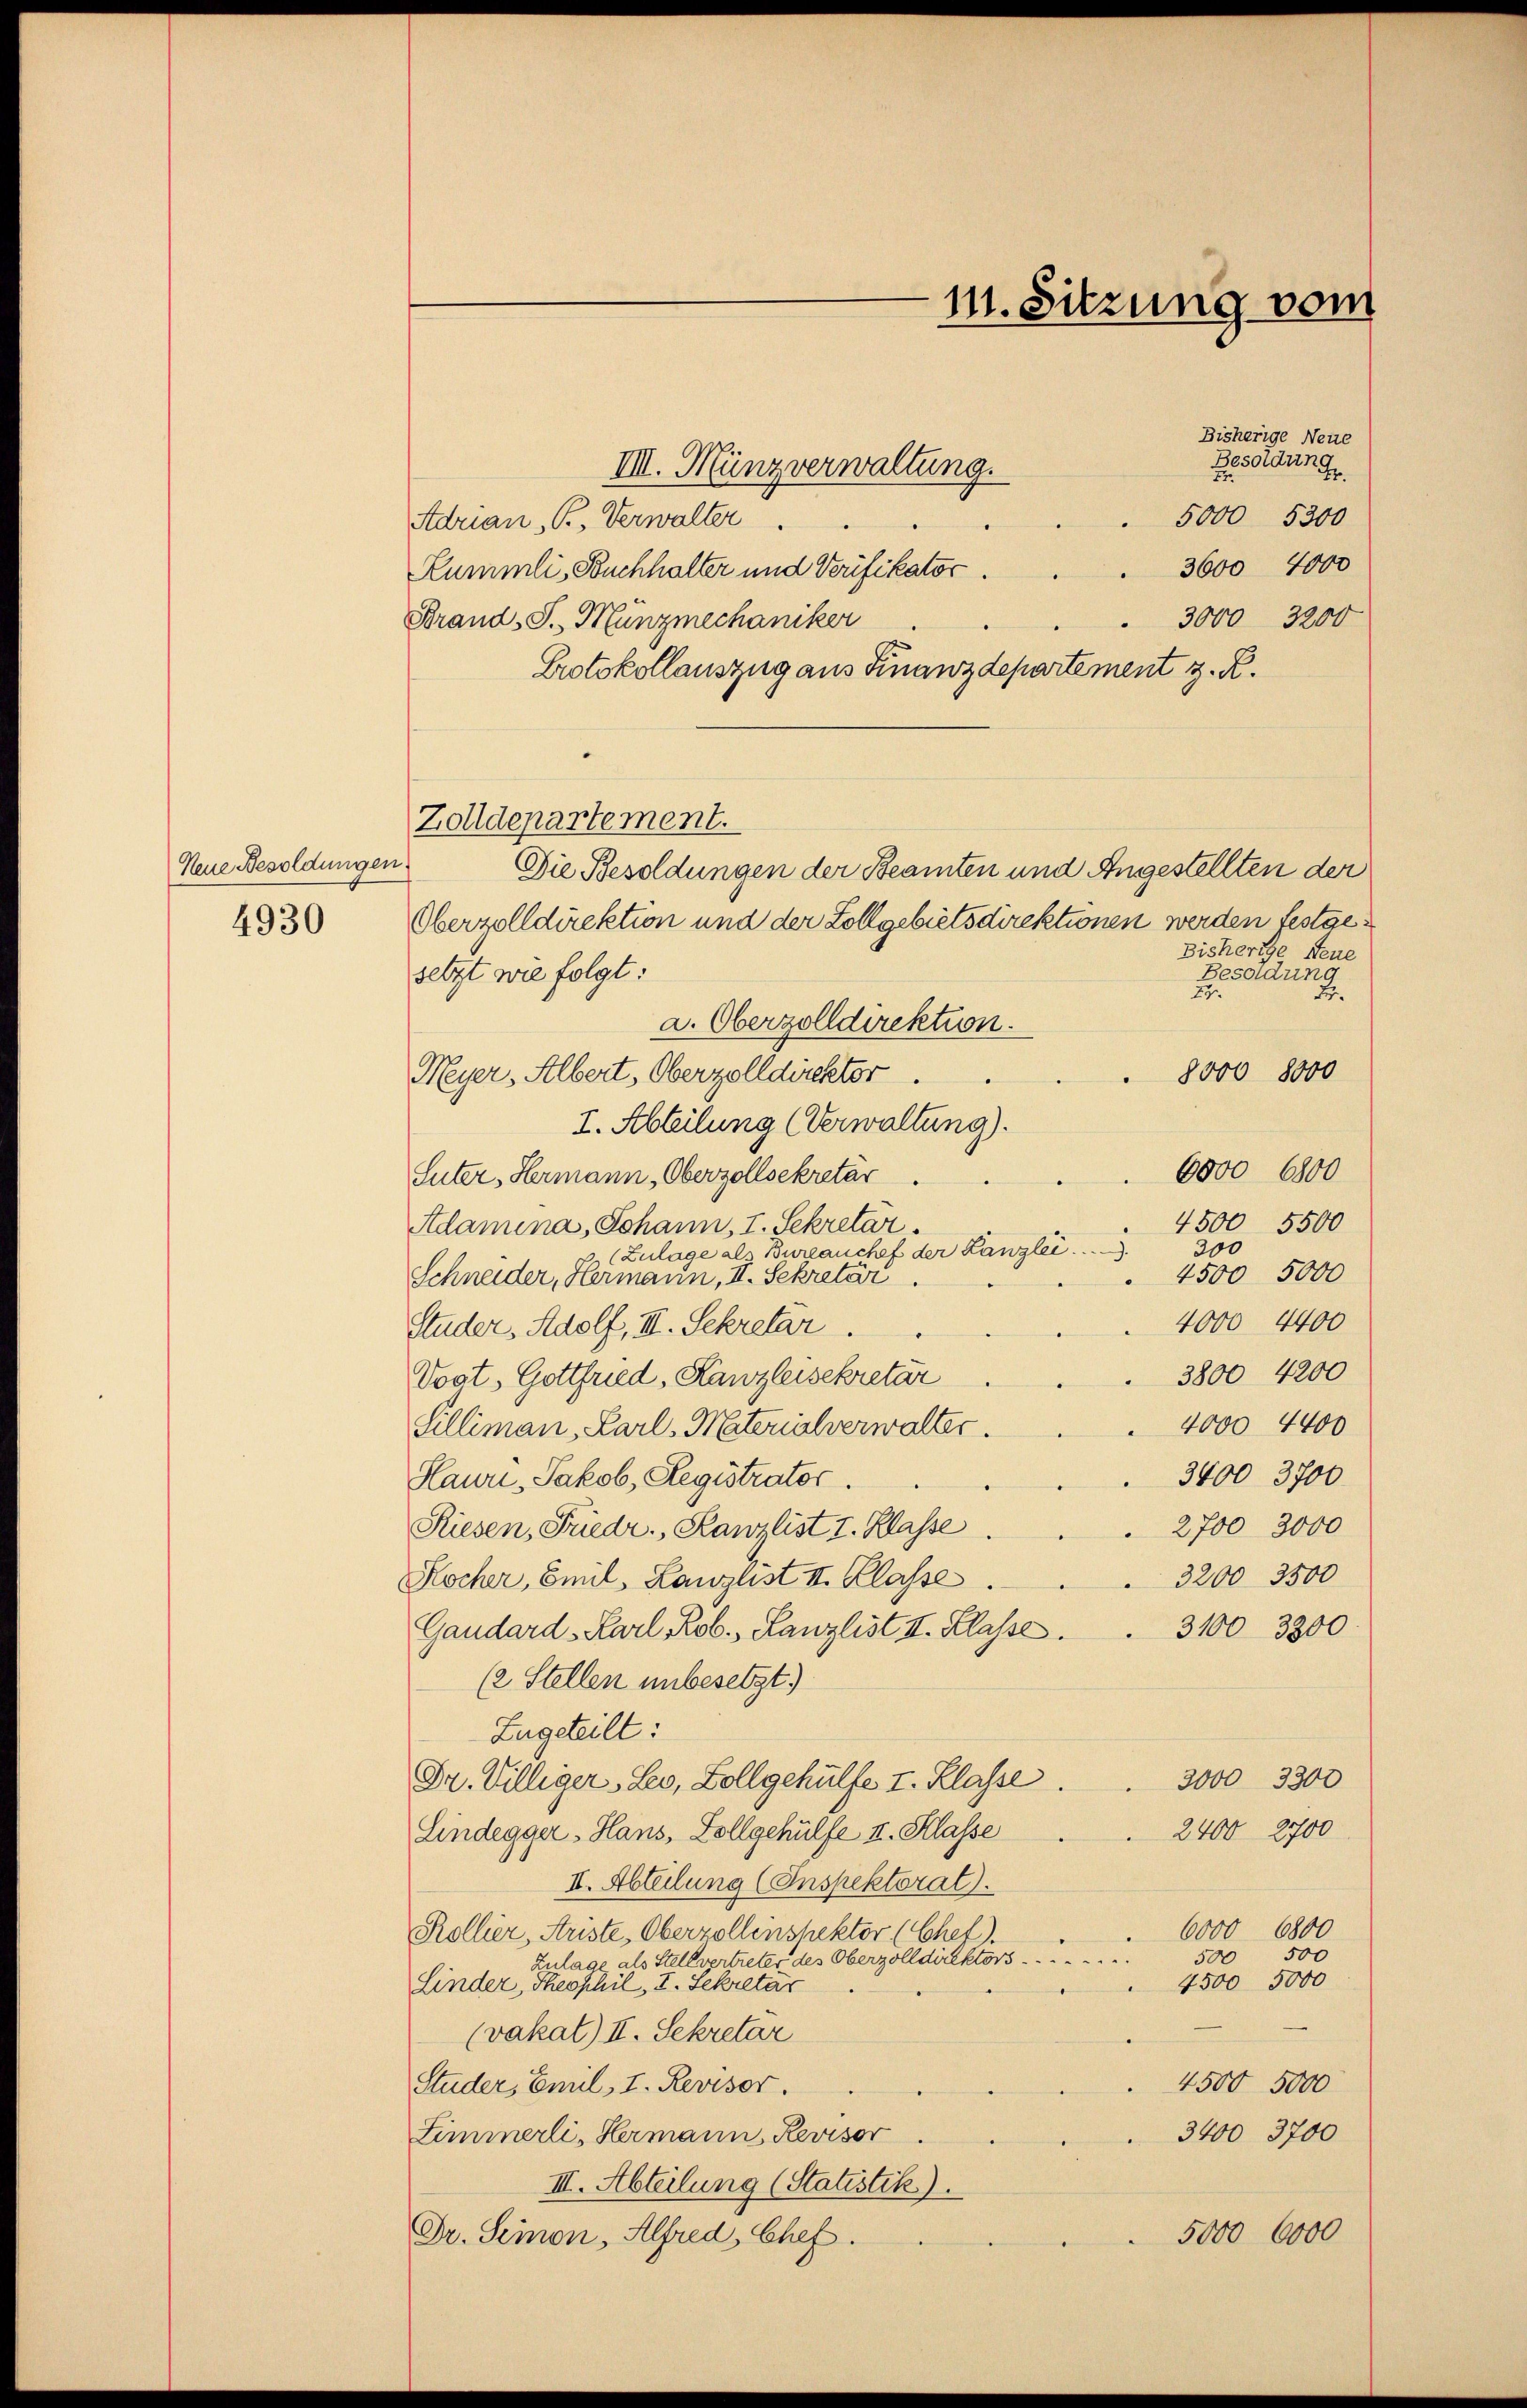
Neue Besoldungen
4930

Bisherige Neue
Besoldung
IIII. Münzverwaltung.
2
5000 5300
Adrian, B, Verwalter
3600 4000
Rummli, Buchhalter und Verifikator.
3000, 3200
Brand-S. Mungmechaniker
Protokollauszug aus Finanzdepartement z. R.
Die Besoldungen der Beamten und Angestellten der
Oberzolldirektion und der Zollgebietsdirektionen werden festge¬
Bisherige Steue
Besoldung
setzt wie folgt:
29.
a. Oberzolldirektion.
8000 8000
Meyer, Albert, Oberzolldirektor
I. Abteilung (Verwaltung).
6000 6800
Suter, Hermann Oberzollsekretär
4500 5500
Adamina, Johann, I. Sekretar.
300
(Zulage al Bureauchef der Lanzlei.
4500 5000
Schneider, Hermann, II. Sekretär
4000 4400
Studer, Adolf, III. Sekretär
3800 4200
Vogt, Gottfried, Kanzleisekretär
4000 4400
Silliman, Karl-Materialverwalter
3400 3700
Hauri - Jakob, Registrator.
2700 3000
Riesen, Friedr. Kanzlist I. Klasse
3200 3500
Kocher, Emil, Kanzlist II. Klasse
Gaudard Karl Rob., Lanzlist II. Klasse.
3100 3300
(2 Stellen unbesetzt)
Lugeteilt:
3000 3300
Dr. Villiger, Leo, Zollgehülfe I. Klasse.
2400 2700
Lindegger, Hans, Sollgehülfe II. Klasse
II. Abteilung (Inspektorat.
6000 6800
Rollier, Ariste, Oberzollenspektor (Chet).
500 500
Zulage als Stellvertreter des Oberzolldirektors . . . . . . . . . . . . . .
4500 5000
Linder, Theoschil, I. Sekretär
(vakat) II. Sekretär
4500 5000
Studer, Emil, I. Revisor.
3400 3700
Zimmerli, Hermann, Revisor
III. Abteilung (Statistik).
5000 6000
Dr. Seinen, Alfred, Chef.

Zolldepartement.

111. Sitzung vom